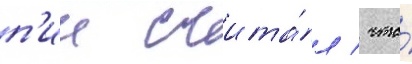
п'ии счита́л / что́